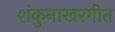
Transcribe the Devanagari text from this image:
शंकुनाखरगीत